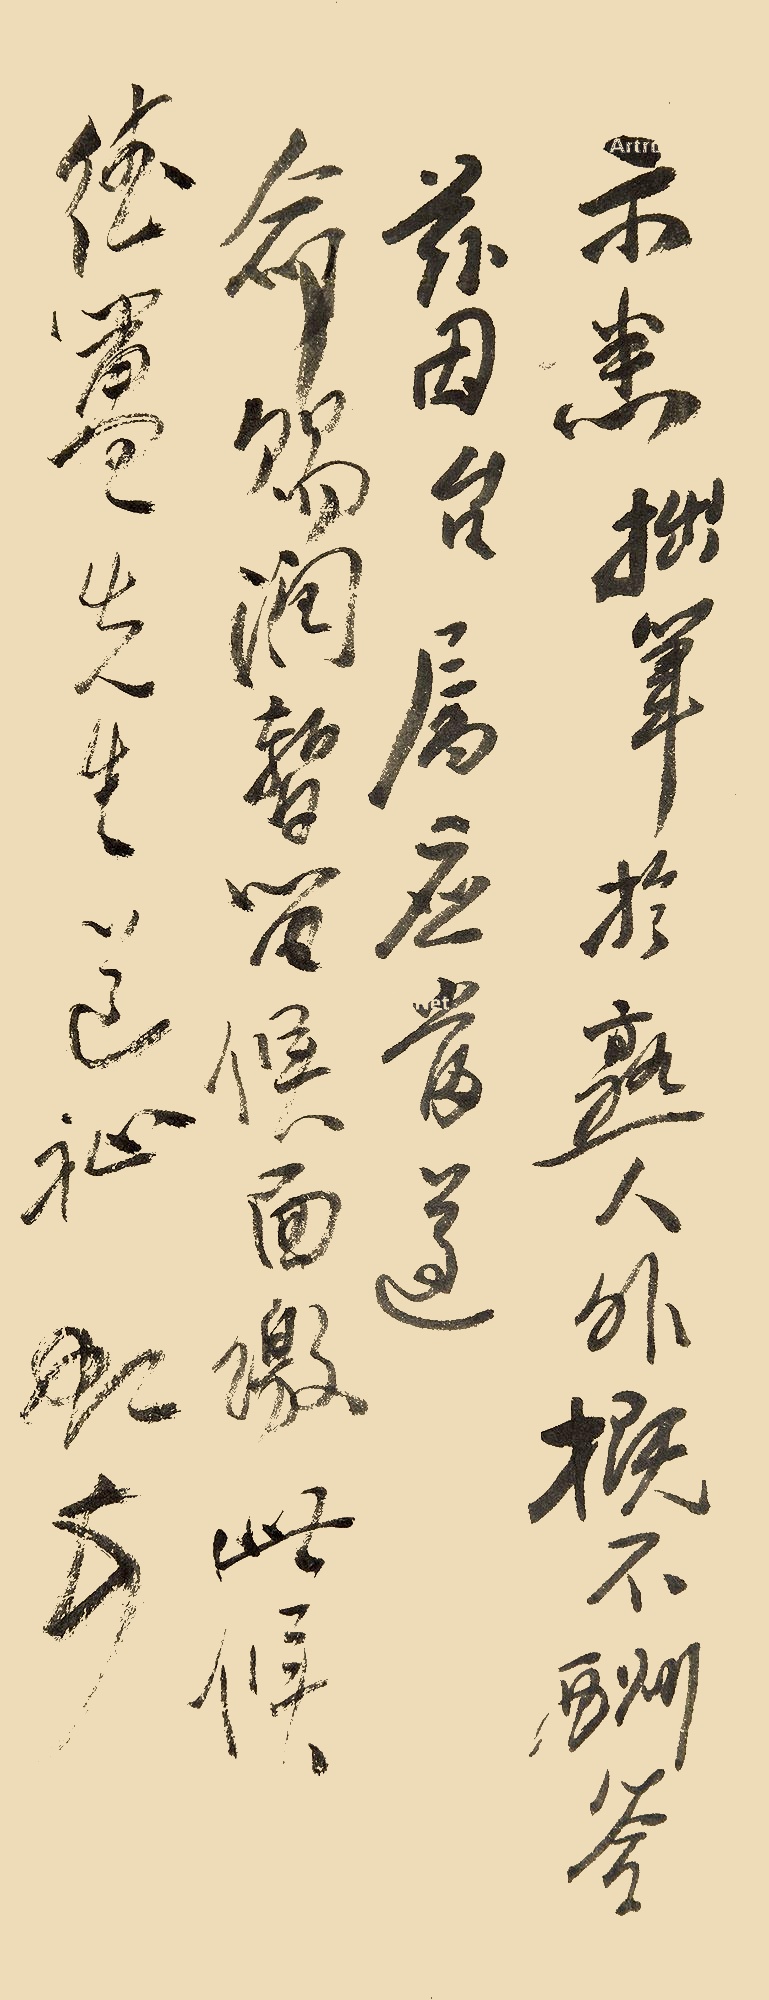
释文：示悉。拙笔于熟人外概不酬答，兹因台属，应当遵命。赐润暂留，候面缴。此候德簠先生道祉。虹顿首。